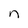
Character: n